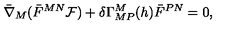
\bar { \nabla } _ { M } ( \bar { F } ^ { M N } { \cal F } ) + \delta \Gamma _ { M P } ^ { M } ( h ) \bar { F } ^ { P N } = 0 ,